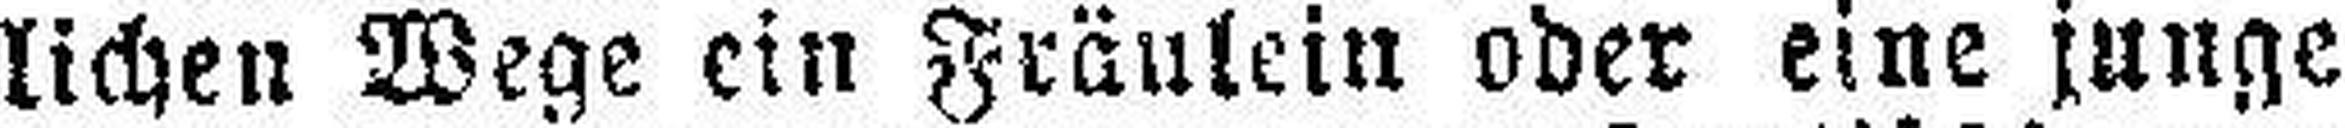
lichen Wege ein Fräulein oder eine junge